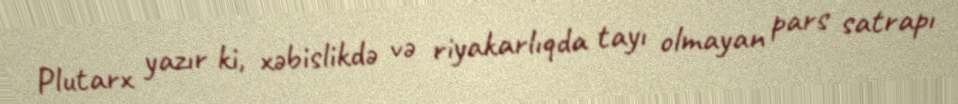
Plutarx yazır ki, xəbislikdə və riyakarlıqda tayı olmayan pars satrapı